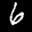
Label: 6